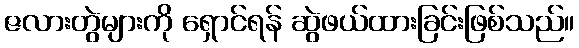
ဇလားတွဲများကို ရှောင်ရန် ဆွဲဖယ်ထားခြင်းဖြစ်သည်။